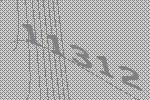
11312